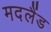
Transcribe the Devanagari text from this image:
मदलैंड